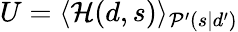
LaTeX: U=\langle{\mathcal{H}}(d,s)\rangle_{{\mathcal{P}}^{\prime}(s|d^{\prime})}